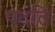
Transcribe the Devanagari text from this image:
पदति